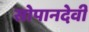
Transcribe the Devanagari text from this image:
सोपानदेवी